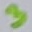
Text: 3